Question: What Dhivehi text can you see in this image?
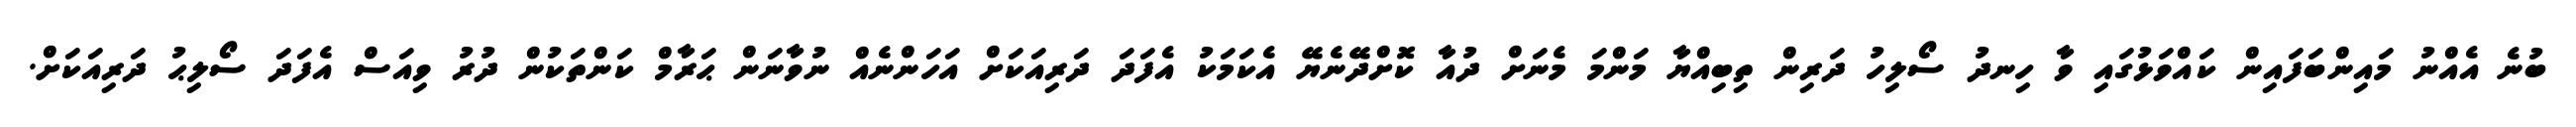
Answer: ބުނެ އެއްނު މައިންބަފައިން ކައްވަޅުގައި ވާ ހިނދު ސޯލިހު ދަރިން ތިބިއްޔާ މަންމަ މެނަށް ދުއާ ކޮށްދޭނެޔޭ އެކަމަކު އެފަދަ ދަރިއަކަށް އަހަންނެއް ނުވާނަން ޙަރާމް ކަންތަކުން ދުރު ވިއަސް އެފަދަ ސޯލިޙު ދަރިއަކަށް.